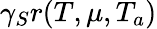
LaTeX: \gamma_{S}r(T,\mu,T_{a})